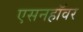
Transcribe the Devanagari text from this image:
एसनहॉवर